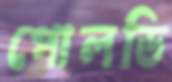
পোলডি